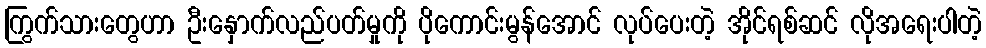
ကြွက်သားတွေဟာ ဦးနှောက်လည်ပတ်မှုကို ပိုကောင်းမွန်အောင် လုပ်ပေးတဲ့ အိုင်ရစ်ဆင် လိုအရေးပါတဲ့